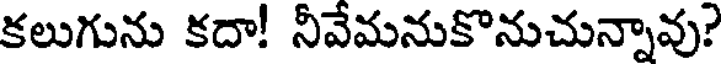
కలుగును కదా! నీవేమనుకొనుచున్నావు?